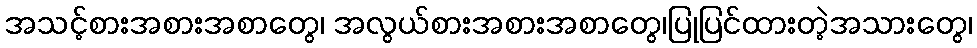
အသင့်စားအစားအစာတွေ၊ အလွယ်စားအစားအစာတွေ၊ပြုပြင်ထားတဲ့အသားတွေ၊